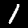
Label: 1